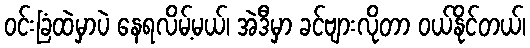
ဝင်းခြံထဲမှာပဲ နေရလိမ့်မယ်၊ အဲဒီမှာ ခင်ဗျားလိုတာ ဝယ်နိုင်တယ်၊